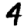
Digit: 4